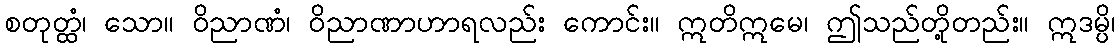
စတုတ္ထံ၊ သော။ ဝိညာဏံ၊ ဝိညာဏာဟာရလည်း ကောင်း။ ဣတိဣမေ၊ ဤသည်တို့တည်း။ ဣဒမ္ပိ၊